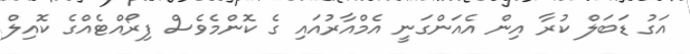
އަގު ޑަބަލް ކުރާ އިން އެއަންގަނީ އެމްއާރުއައި ގެ ކޮންމެވެސް ފިރޯއްޓެއްގެ ކޮއިލް